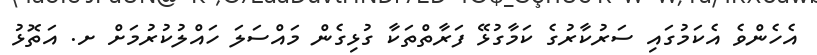
އެހެންވެ އެކަމުގައި ސަރުކާރުގެ ކަމާގުޅޭ ފަރާތްތަކާ ގުޅިގެން މައްސަލަ ހައްލުކުރުމަށް ށ. އަތޮޅު